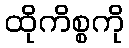
ထိုကိစ္စကို